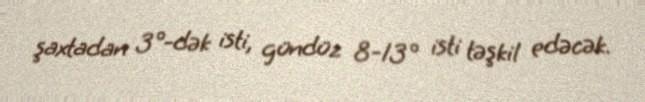
şaxtadan 3°-dək isti, gündüz 8-13° isti təşkil edəcək.